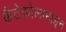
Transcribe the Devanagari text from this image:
कैटेकोलामाइन